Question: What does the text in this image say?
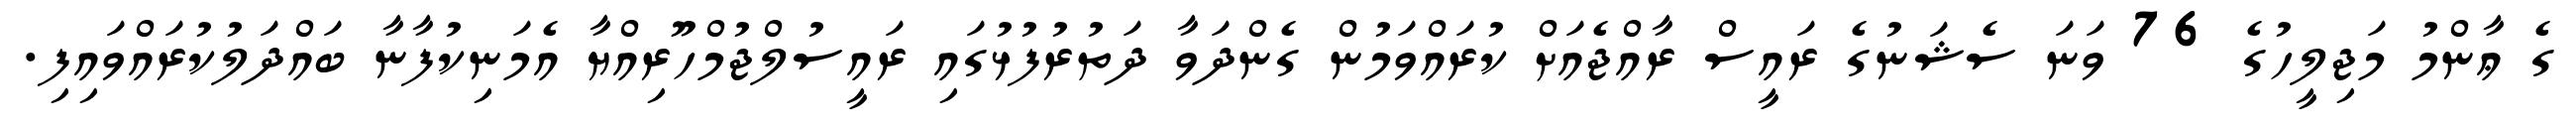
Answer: ގެ ޢާންމު މަޖިލީހުގެ 76 ވަނަ ސެޝަނުގެ ރައީސް ރާއްޖެއަށް ކުރައްވަމުން ގެންދަވާ ދަތުރުފުޅުގައި ރައީސުލްޖުމްހޫރިއްޔާ އެމަނިކުފާނާ ބައްދަލުކުރައްވައިފި.